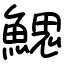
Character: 鰓